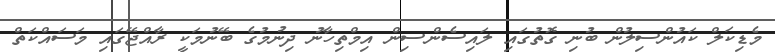
މެޑިކަލް ކައުންސިލުން ބުނި ގޮތުގައި ލައިސެންސިން އިމްތިހާނު ދިނުމުގެ ބޭނުމަކީ ރާއްޖޭގައި މަސައްކަތް